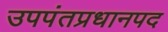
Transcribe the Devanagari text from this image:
उपपंतप्रधानपद